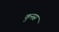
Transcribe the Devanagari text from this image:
कुनस